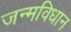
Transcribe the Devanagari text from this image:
जन्मविधान